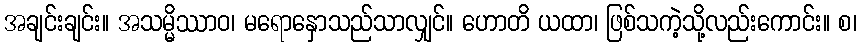
အချင်းချင်း။ အသမ္မိဿာဝ၊ မရောနှောသည်သာလျှင်။ ဟောတိ ယထာ၊ ဖြစ်သကဲ့သို့လည်းကောင်း။ စ၊